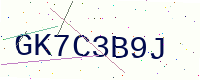
Text: GK7C3B9J